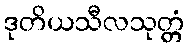
ဒုတိယသီလသုတ္တံ